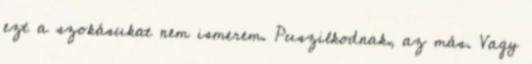
ezt a szokásukat nem ismerem. Puszilkodnak, az más. Vagy